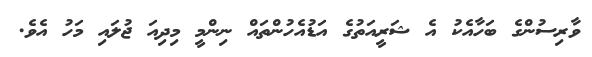
ވާރިސުންގެ ބަހާއެކު އެ ޝަރީއަތުގެ އަޑުއެހުންތައް ނިންމީ މިދިއަ ޖުލައި މަހު އެވެ.